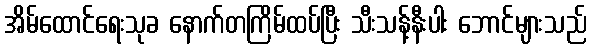
အိမ်ထောင်ရေးသုခ နောက်တကြိမ်ထပ်ပြီး သီးသန့်နီးပါး ဘောင်များသည်